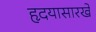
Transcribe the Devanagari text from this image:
हृदयासारखे